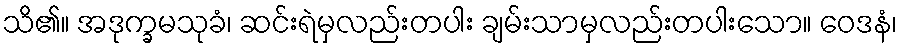
သိ၏။ အဒုက္ခမသုခံ၊ ဆင်းရဲမှလည်းတပါး ချမ်းသာမှလည်းတပါးသော။ ဝေဒနံ၊